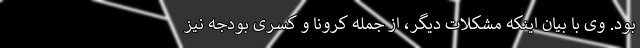
بود. وی با بیان اینکه مشکلات دیگر، از جمله کرونا و کسری بودجه نیز